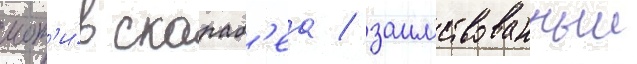
мот'и́в скараб'еа / заимствованныи